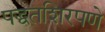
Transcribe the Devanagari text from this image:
पद्धतशिरपणे